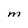
Character: M